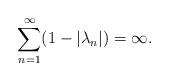
LaTeX: \begin{align*}\sum_{n=1}^{\infty}(1-|\lambda_n|)=\infty.\end{align*}